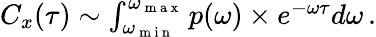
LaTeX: \begin{array}{r}{C_{x}(\tau)\sim\int_{\omega_{\mathrm{~m~i~n~}}}^{\omega_{\mathrm{~m~a~x~}}}p(\omega)\times e^{-\omega\tau}d\omega\, .}\end{array}